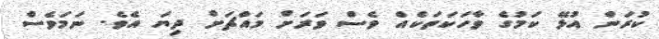
ކުރަން އުޅޭ ކަމުގެ ވާހަކަތަކެއް ވެސް ވަރަށް މައްޗަށް ދިޔަ އެވެ. ނަމަވެސް